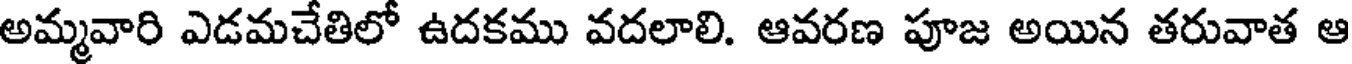
అమ్మవారి ఎడమచేతిలో ఉదకము వదలాలి. ఆవరణ పూజ అయిన తరువాత ఆ